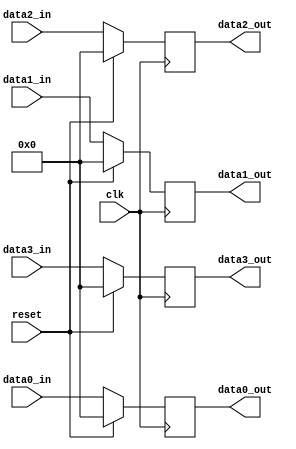
`timescale 1ns / 100ps

module my_register(
    input wire clk, reset,
    input wire [4:0] data3_in, data2_in, data1_in, data0_in,
    output reg [4:0] data3_out, data2_out, data1_out, data0_out
    );



always @(posedge clk)
  if (reset)
    begin
      data3_out <= 0; 
      data2_out <= 0;  
      data1_out <= 0;  
      data0_out <= 0;
    end
  else
    begin
      data3_out <= data3_in;   
      data2_out <= data2_in; 
      data1_out <= data1_in; 
      data0_out <= data0_in;   
    end
    
endmodule